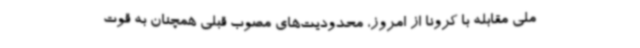
ملی مقابله با کرونا از امروز، محدودیت‌های مصوب قبلی همچنان به قوت